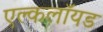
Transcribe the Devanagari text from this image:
एल्कलॉयड